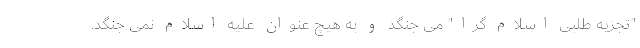
"تجزیه طلبی اسلام گرا" می جنگد و به هیچ عنوان علیه اسلام نمی جنگد.